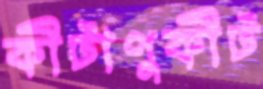
কীটাণুকীট